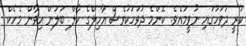
ކުރީ ދުވަހުގައި ނުވީމައެވެ. ކޮންމެ ދުވަހަކުވެސް އާހިލްގެ ހާލް ބަލަން އިވާން މެހެކް